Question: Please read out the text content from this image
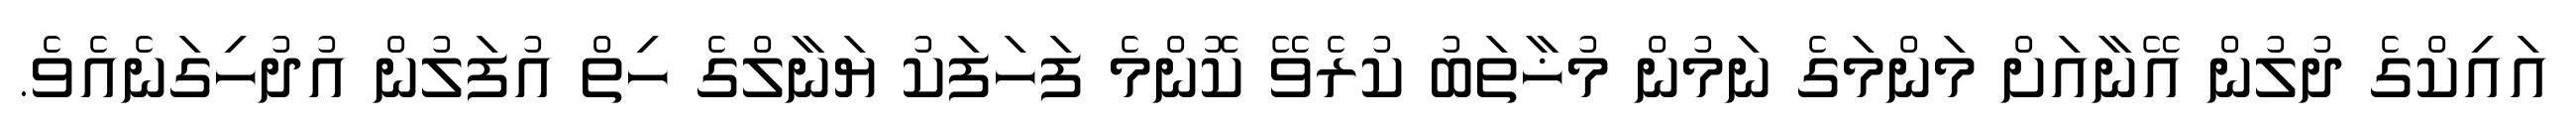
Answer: އައިކްގެ ދުލުން އޭނާއަށް މަންމަގެ ނަމުން މުޚާތަބު ކުރެވޭ ކޮންމެ ފަހަފަކު ޔަނާލްގެ ހިތް އުފަލުން އުދުހިގަނެއެވެ.